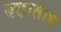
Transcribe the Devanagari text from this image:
बड़ालाभ